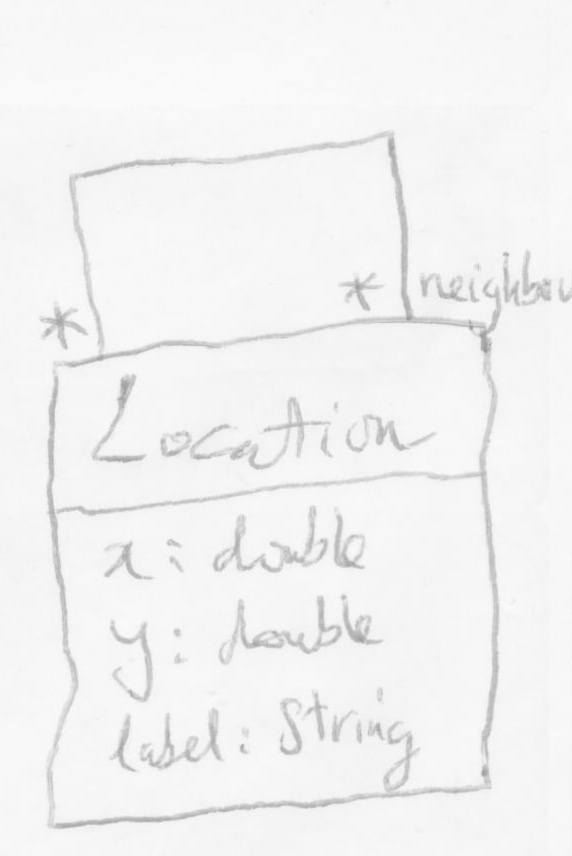
Diagram type: class_diagram
```plantuml
@startuml

class Location {
  x: double
  y: double
  label: String
}

Location "*" -- "neighbor *" Location

@enduml
```